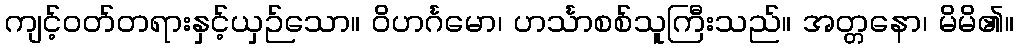
ကျင့်ဝတ်တရားနှင့်ယှဉ်သော။ ဝိဟင်္ဂမော၊ ဟင်္သာစစ်သူကြီးသည်။ အတ္တနော၊ မိမိ၏။